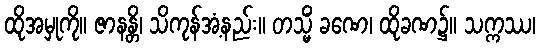
ထိုအမှုကို။ ဇာနန္တိ၊ သိကုန်အံ့နည်း။ တသ္မိံ ခဏေ၊ ထိုခဏ၌။ သက္ကဿ၊